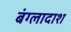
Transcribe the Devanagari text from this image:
बंग्लादाश